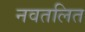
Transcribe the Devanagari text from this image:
नवतलित